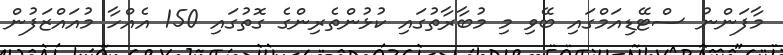
މާފަންނު ސްޓޭޑިއަމްގައި ބޭވި މި މުބާރާތުގައި ކުޅުންތެރިންގެ ގޮތުގައި 150 އެއްހާ މުއައްޒަފުން